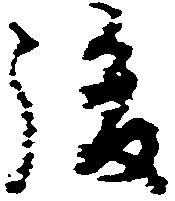
後